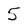
Character: 5